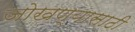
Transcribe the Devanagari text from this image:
जोखण्यासाठी